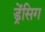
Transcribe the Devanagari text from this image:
ड्रेंसिग